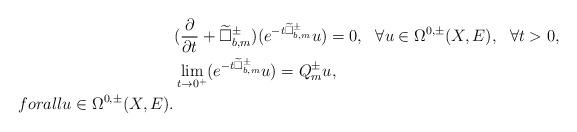
LaTeX: \begin{align*} &(\frac{\partial}{\partial t}+\widetilde{\Box}^{\pm}_{b,m})(e^{-t\widetilde{\Box}^{\pm}_{b,m}}u)=0,\ \ \forall u\in\Omega^{0,\pm}(X,E),\ \ \forall t>0, \\&\lim_{t\rightarrow0^+}(e^{-t\widetilde{\Box}^{\pm}_{b,m}}u)=Q^{\pm}_mu,\ \\forall u\in\Omega^{0,\pm}(X,E).\end{align*}